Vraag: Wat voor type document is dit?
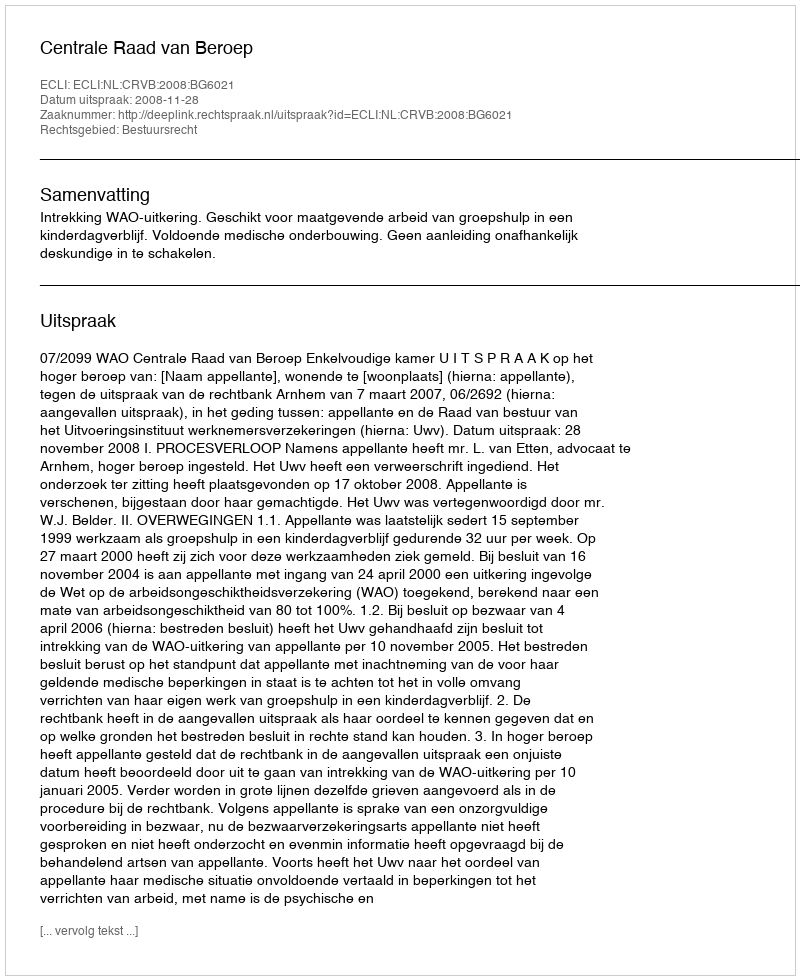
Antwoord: Uitspraak